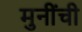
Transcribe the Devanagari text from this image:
मुनींची